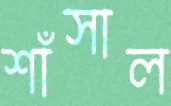
শাঁসাল